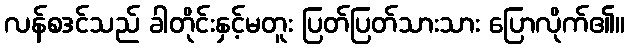
လန်စဒင်သည် ခါတိုင်းနှင့်မတူး ပြတ်ပြတ်သားသား ပြောလိုက်၏။